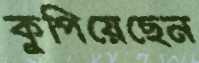
কুপিয়েছেন